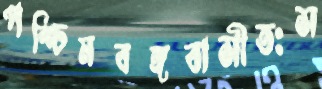
পশ্চিমবঙ্গবাসীতঃস